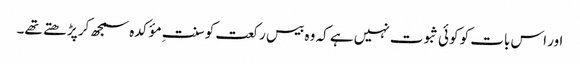
اور اس بات کو کوئی ثبوت نہیں ہے کہ وہ بیس رکعت کو سنتِ مؤکدہ سمجھ کر پڑ ھتے تھے۔